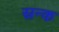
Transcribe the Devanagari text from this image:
स्रन्क